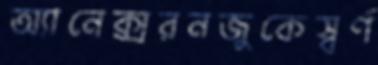
অ্যানেক্সরনজুকেস্বর্ণ